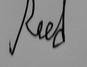
Signature authenticity: genuine